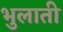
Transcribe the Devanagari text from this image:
भुलाती